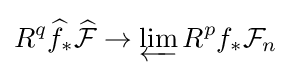
R^{q}{\widehat {f}}_{*}{\widehat {\mathcal {F}}}\to \varprojlim R^{p}f_{*}{\mathcal {F}}_{n}